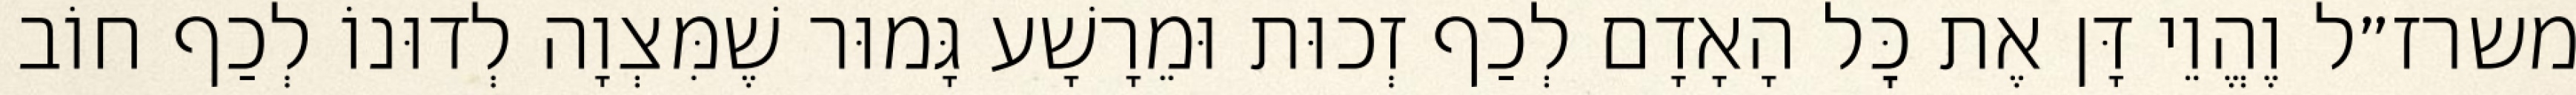
משרז״ל וֶהֱוֵי דָּן אֶת כׇּל הָאָדָם לְכַף זְכוּת וּמֵרָשָׁע גָּמוּר שֶׁמִּצְוָה לְדוּנוֹ לְכַף חוֹב